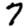
Digit: 7